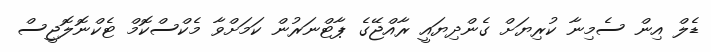
ޑެލް އިން ސެމިނާ ކުރިޔަށް ގެންދިޔައީ ރާއްޖޭގެ ޕާޓްނަރުން ކަމަށްވާ މެކްސްކޮމް ޓެކްނޮލޮޖީސް